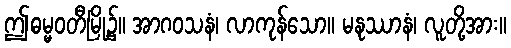
ဤဓမ္မဝတီမြို့၌။ အာဂဝသနံ၊ လာကုန်သော။ မနုဿာနံ၊ လူတို့အား။